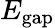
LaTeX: E_{\mathrm{gap}}